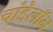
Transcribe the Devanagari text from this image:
चांडेलॉन